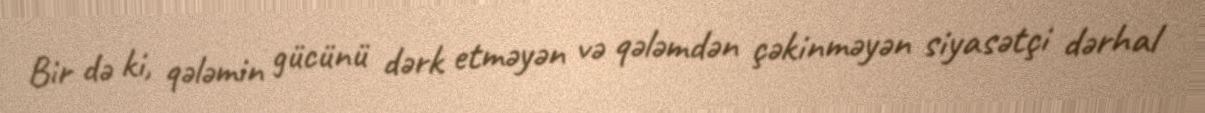
Bir də ki, qələmin gücünü dərk etməyən və qələmdən çəkinməyən siyasətçi dərhal